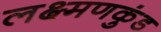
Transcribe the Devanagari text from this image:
लक्ष्मणकुंड